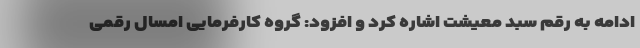
ادامه به رقم سبد معیشت اشاره کرد و افزود: گروه کارفرمایی امسال رقمی